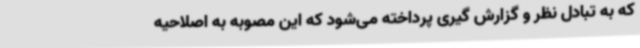
که به تبادل نظر و گزارش گیری پرداخته می‌شود که این مصوبه به اصلاحیه